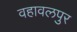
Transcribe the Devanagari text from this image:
वहावलपुर